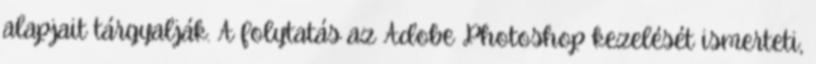
alapjait tárgyalják. A folytatás az Adobe Photoshop kezelését ismerteti,